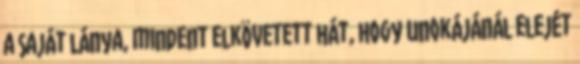
a saját lánya, mindent elkövetett hát, hogy unokájánál elejét